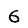
Digit: 6